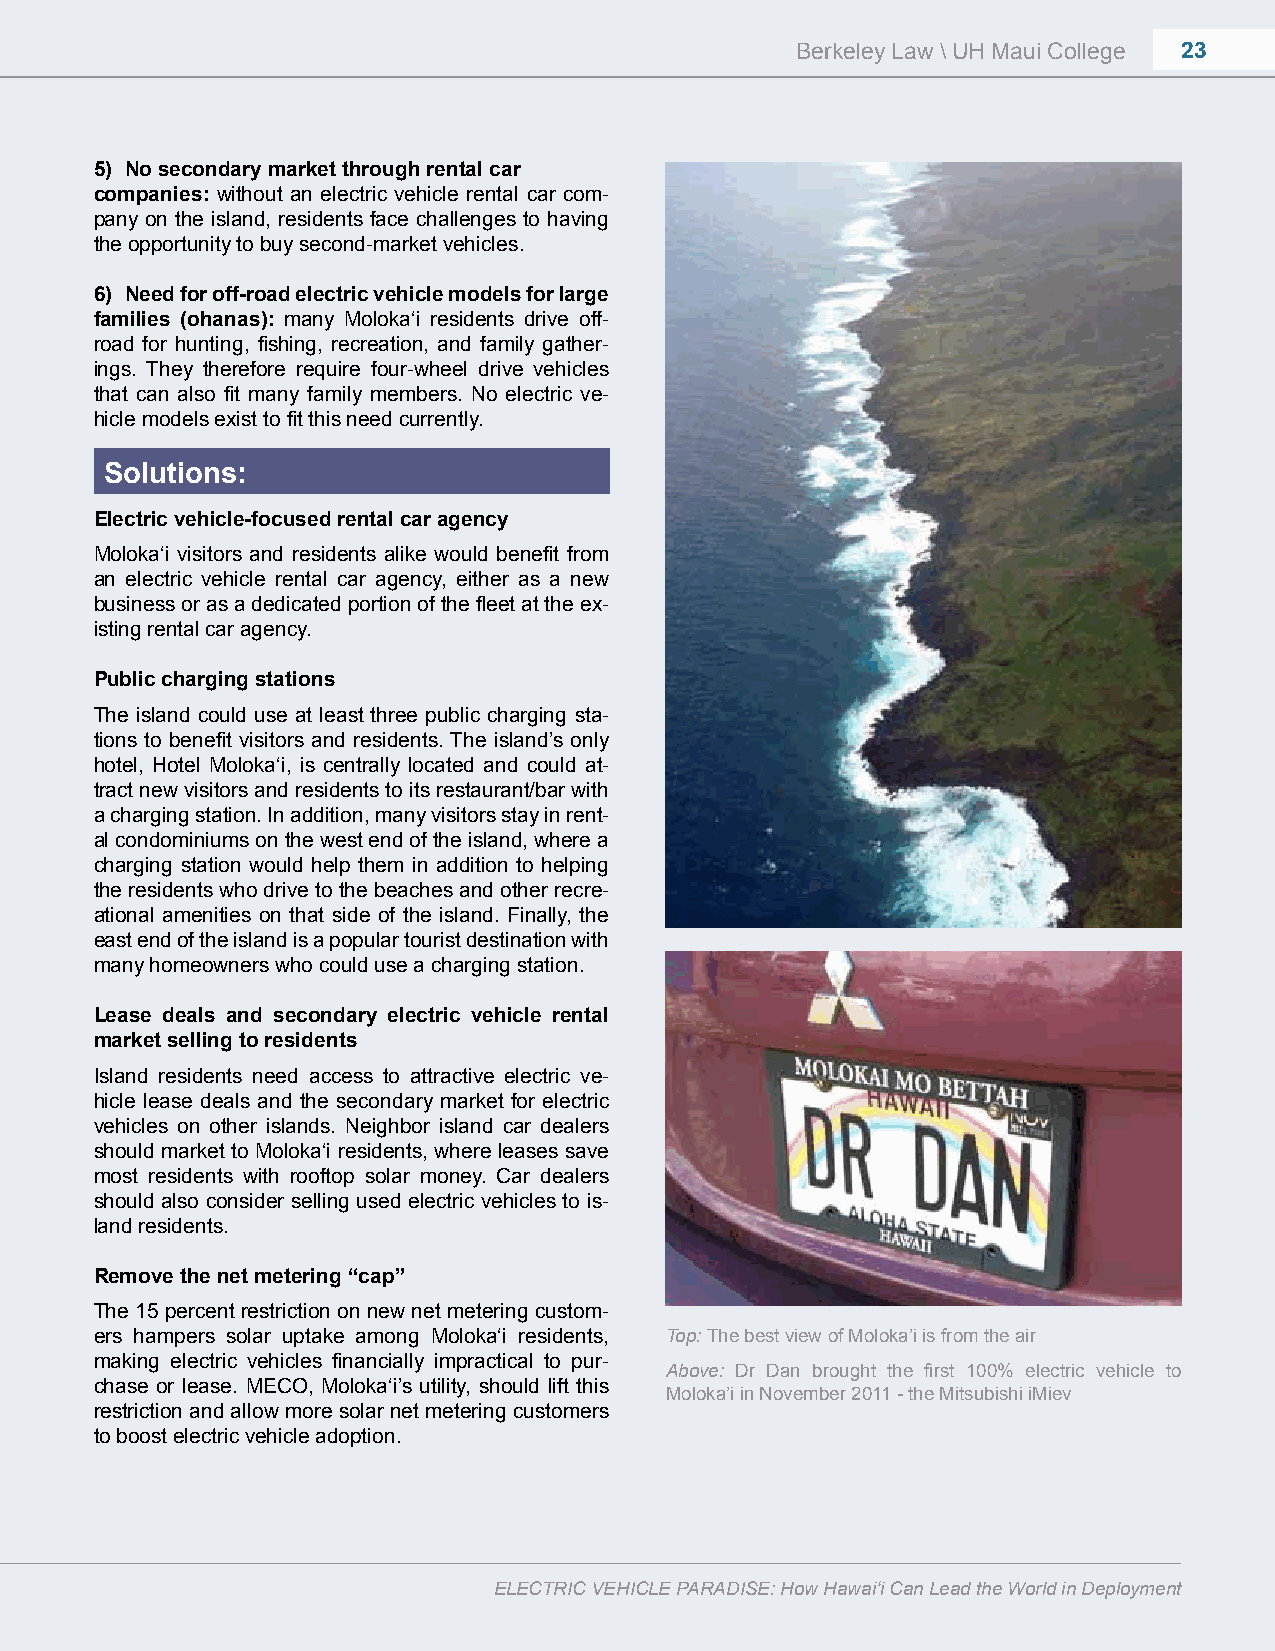
Berkeley Law \ UH Maui College 23
 5) No secondary market through rental car
 companies: without an electric vehicle rental car com-
 pany on the island, residents face challenges to having
 the opportunity to buy second-market vehicles.
 6) Need for off-road electric vehicle models for large
 families (ohanas): many Moloka‘i residents drive off-
 road for hunting, fishing, recreation, and family gather-
 ings. They therefore require four-wheel drive vehicles
 that can also fit many family members. No electric ve-
 hicle models exist to fit this need currently.
 Solutions:
 Electric vehicle-focused rental car agency
 Moloka‘i visitors and residents alike would benefit from
 an electric vehicle rental car agency, either as a new
 business or as a dedicated portion of the fleet at the ex-
 isting rental car agency.
 Public charging stations
 The island could use at least three public charging sta-
 tions to benefit visitors and residents. The island’s only
 hotel, Hotel Moloka‘i, is centrally located and could at-
 tract new visitors and residents to its restaurant/bar with
 a charging station. In addition, many visitors stay in rent-
 al condominiums on the west end of the island, where a
 charging station would help them in addition to helping
 the residents who drive to the beaches and other recre-
 ational amenities on that side of the island. Finally, the
 east end of the island is a popular tourist destination with
 many homeowners who could use a charging station.
 Lease deals and secondary electric vehicle rental
 market selling to residents
 Island residents need access to attractive electric ve-
 hicle lease deals and the secondary market for electric
 vehicles on other islands. Neighbor island car dealers
 should market to Moloka‘i residents, where leases save
 most residents with rooftop solar money. Car dealers
 should also consider selling used electric vehicles to is-
 land residents.
 Remove the net metering “cap”
 The 15 percent restriction on new net metering custom-
 ers hampers solar uptake among Moloka‘i residents, Top: The best view of Moloka’i is from the air
 making electric vehicles financially impractical to pur-
 Above: Dr Dan brought the first 100% electric vehicle to
 chase or lease. MECO, Moloka‘i’s utility, should lift this
 Moloka’i in November 2011 - the Mitsubishi iMiev
 restriction and allow more solar net metering customers
 to boost electric vehicle adoption.
 ELECTRIC VEHICLE PARADISE: How Hawai‘i Can Lead the World in Deployment